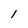
Character: l